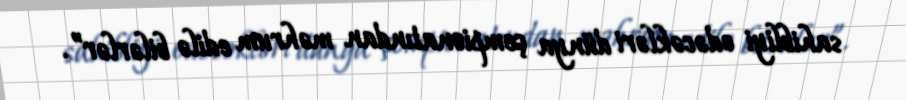
sahibliyi edəcəkləri dünya çempionatından məhrum edilə bilərlər”.